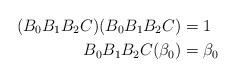
LaTeX: \begin{align*}(B_{0} B_{1} B_{2} C) (B_{0} B_{1} B_{2} C) &= 1 \\B_{0} B_{1} B_{2} C (\beta_{0}) &= \beta_{0} \end{align*}